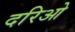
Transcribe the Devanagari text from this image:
दरिओ